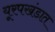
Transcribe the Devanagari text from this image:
यूरपखंडात